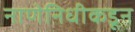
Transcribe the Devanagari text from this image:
नाणेनिधीकडून